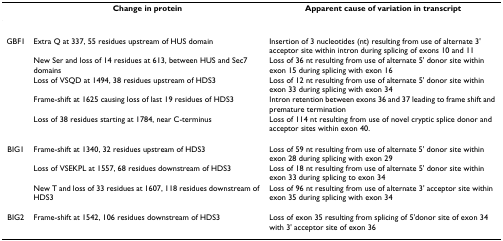
<table><thead><tr><td></td><td><b>Change in protein</b></td><td><b>Apparent cause of variation in transcript</b></td></tr></thead><tbody><tr><td>GBF1</td><td>Extra Q at 337, 55 residues upstream of HUS domain</td><td>Insertion of 3 nucleotides (nt) resulting from use of alternate 3&#x27; acceptor site within intron during splicing of exons 10 and 11</td></tr><tr><td></td><td>New Ser and loss of 14 residues at 613, between HUS and Sec7 domains</td><td>Loss of 36 nt resulting from use of alternate 5&#x27; donor site within exon 15 during splicing with exon 16</td></tr><tr><td></td><td>Loss of VSQD at 1494, 38 residues upstream of HDS3</td><td>Loss of 12 nt resulting from use of alternate 5&#x27; donor site within exon 33 during splicing with exon 34</td></tr><tr><td></td><td>Frame-shift at 1625 causing loss of last 19 residues of HDS3</td><td>Intron retention between exons 36 and 37 leading to frame shift and premature termination</td></tr><tr><td></td><td>Loss of 38 residues starting at 1784, near C-terminus</td><td>Loss of 114 nt resulting from use of novel cryptic splice donor and acceptor sites within exon 40.</td></tr><tr><td>BIG1</td><td>Frame-shift at 1340, 32 residues upstream of HDS3</td><td>Loss of 59 nt resulting from use of alternate 5&#x27; donor site within exon 28 during splicing with exon 29</td></tr><tr><td></td><td>Loss of VSEKPL at 1557, 68 residues downstream of HDS3</td><td>Loss of 18 nt resulting from use of alternate 5&#x27; donor site within exon 33 during splicing to exon 34</td></tr><tr><td></td><td>New T and loss of 33 residues at 1607, 118 residues downstream of HDS3</td><td>Loss of 96 nt resulting from use of alternate 3&#x27; acceptor site within exon 35 during splicing with exon 34</td></tr><tr><td>BIG2</td><td>Frame-shift at 1542, 106 residues downstream of HDS3</td><td>Loss of exon 35 resulting from splicing of 5&#x27;donor site of exon 34 with 3&#x27; acceptor site of exon 36</td></tr></tbody></table>